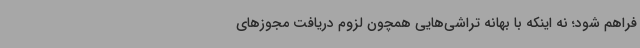
فراهم شود؛ نه اینکه با بهانه تراشی‌هایی همچون لزوم دریافت مجوزهای